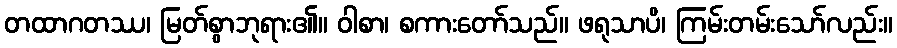
တထာဂတဿ၊ မြတ်စွာဘုရား၏။ ဝါစာ၊ စကားတော်သည်။ ဖရုသာပိ၊ ကြမ်းတမ်းသော်လည်း။